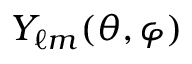
Y _ { \ell m } ( \theta , \varphi )